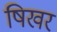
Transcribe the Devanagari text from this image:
षिखर